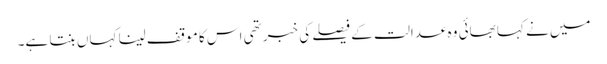
میں نے کہا بھائی وہ عدالت کے فیصلے کی خبر تھی اس کا موقف لینا کہاں بنتا ہے۔